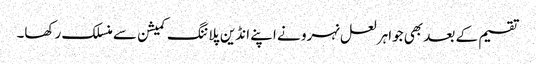
تقسیم کے بعد بھی جواہر لعل نہرو نے اپنے انڈین پلاننگ کمیشن سے منسلک رکھا۔